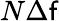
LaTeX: N\Delta\mathsf{f}